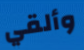
وألقي